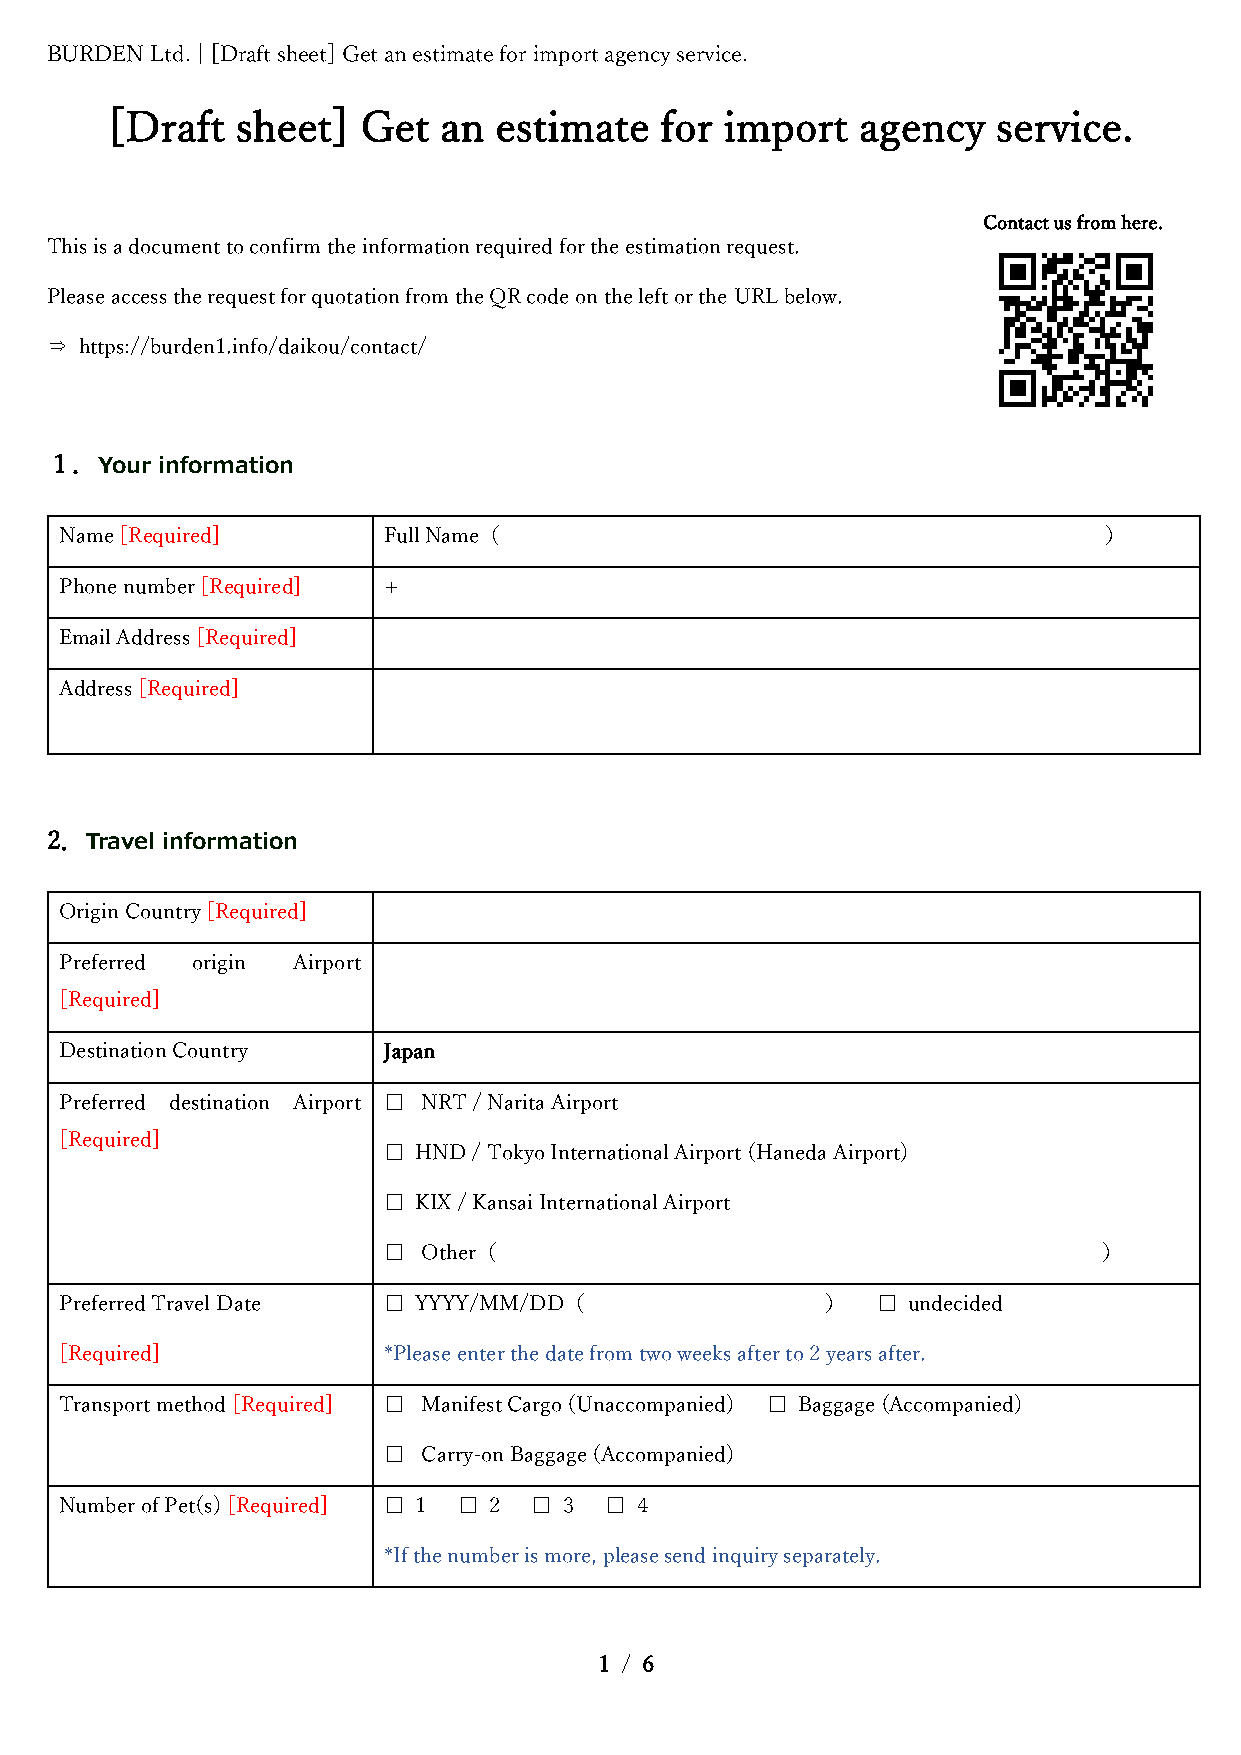
BURDEN Ltd. | [Draft sheet] Get an estimate for import agency service.
 [Draft   sheet]  Get  an  estimate   for import   agency   service.
 Contact us from here.
 This is a document to confirm the information required for the estimation request.
 Please access the request for quotation from the QR code on the left or the URL below.
 ⇒ https://burden1.info/daikou/contact/
 １．Your information
 Name [Required]      Full Name（                                      ）
 Phone number [Required] +
 Email Address [Required]
 Address [Required]
 2．Travel information
 Origin Country [Required]
 Preferred origin Airport
 [Required]
 Destination Country  Japan
 Preferred destination Airport □ NRT / Narita Airport
 [Required]
 □ HND / Tokyo International Airport (Haneda Airport)
 □ KIX / Kansai International Airport
 □  Other（                                       ）
 Preferred Travel Date □ YYYY/MM/DD（                ）  □ undecided
 [Required]           *Please enter the date from two weeks after to 2 years after.
 Transport method [Required] □ Manifest Cargo (Unaccompanied) □ Baggage (Accompanied)
 □  Carry-on Baggage (Accompanied)
 Number of Pet(s) [Required] □ 1 □ 2 □ 3 □ 4
 *If the number is more, please send inquiry separately.
 1 / 6